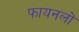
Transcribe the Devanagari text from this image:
फायनलों